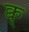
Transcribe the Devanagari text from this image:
क्व्